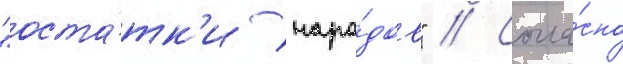
"оста́тк'и наро́дов" // Согла́сно